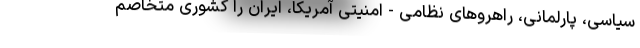
سیاسی، پارلمانی، راهروهای نظامی - امنیتی آمریکا، ایران را کشوری متخاصم